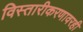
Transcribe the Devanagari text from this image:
विस्तारीकरणावरही